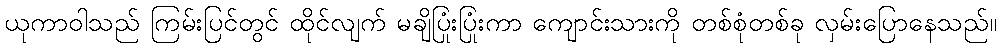
ယုကာဝါသည် ကြမ်းပြင်တွင် ထိုင်လျက် မချိပြုံးပြုံးကာ ကျောင်းသားကို တစ်စုံတစ်ခု လှမ်းပြောနေသည်။